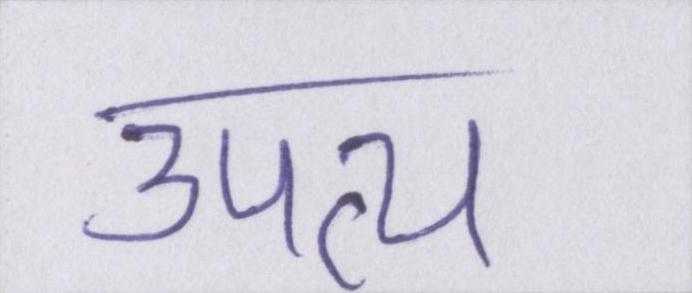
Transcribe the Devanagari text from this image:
उपत्य